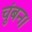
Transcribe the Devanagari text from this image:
चुंबन।